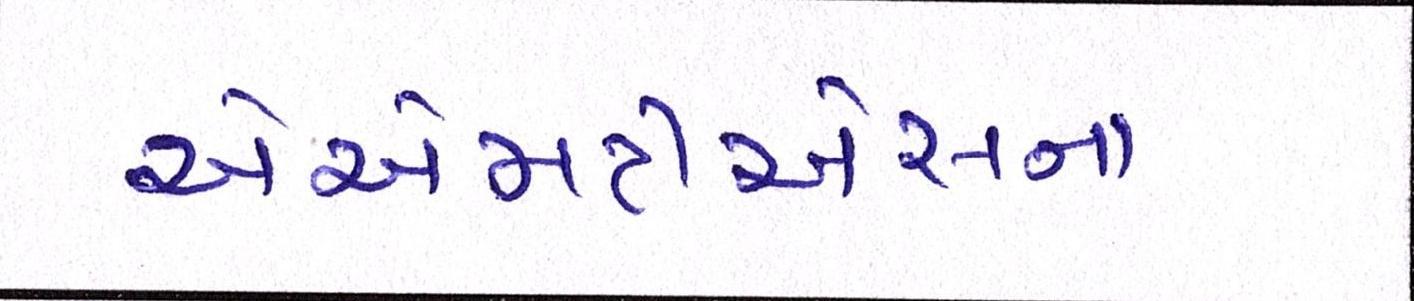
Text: એએમટીએસના